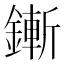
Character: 鏩